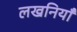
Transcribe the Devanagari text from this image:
लखनियाँ